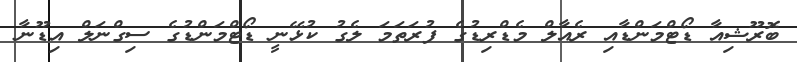
ބޮރޫޝިއާ ޑޯޓްމަންޑާއި ރެއާލް މެޑްރިޑުގެ ފުރަތަމަ ލެގު ކުޅޭނީ ޑޯޓްމަންޑުގެ ސިގްނަލް އިޑޫނާ